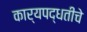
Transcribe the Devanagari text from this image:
कार्यपद्धतीचे